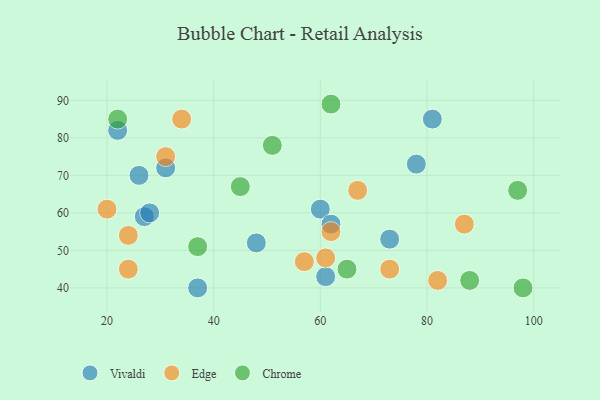
{"axis": {"x": "GDP", "y": "Life Expectancy"}, "legend": ["Chrome", "Edge", "Vivaldi"], "data": [{"x": "60", "y": 61, "type": "Vivaldi"}, {"x": "81", "y": 85, "type": "Vivaldi"}, {"x": "48", "y": 52, "type": "Vivaldi"}, {"x": "27", "y": 59, "type": "Vivaldi"}, {"x": "28", "y": 60, "type": "Vivaldi"}, {"x": "78", "y": 73, "type": "Vivaldi"}, {"x": "37", "y": 40, "type": "Vivaldi"}, {"x": "31", "y": 72, "type": "Vivaldi"}, {"x": "22", "y": 82, "type": "Vivaldi"}, {"x": "61", "y": 43, "type": "Vivaldi"}, {"x": "73", "y": 53, "type": "Vivaldi"}, {"x": "26", "y": 70, "type": "Vivaldi"}, {"x": "62", "y": 57, "type": "Vivaldi"}, {"x": "67", "y": 66, "type": "Edge"}, {"x": "62", "y": 55, "type": "Edge"}, {"x": "31", "y": 75, "type": "Edge"}, {"x": "73", "y": 45, "type": "Edge"}, {"x": "20", "y": 61, "type": "Edge"}, {"x": "34", "y": 85, "type": "Edge"}, {"x": "57", "y": 47, "type": "Edge"}, {"x": "24", "y": 45, "type": "Edge"}, {"x": "82", "y": 42, "type": "Edge"}, {"x": "61", "y": 48, "type": "Edge"}, {"x": "87", "y": 57, "type": "Edge"}, {"x": "24", "y": 54, "type": "Edge"}, {"x": "62", "y": 89, "type": "Chrome"}, {"x": "22", "y": 85, "type": "Chrome"}, {"x": "65", "y": 45, "type": "Chrome"}, {"x": "98", "y": 40, "type": "Chrome"}, {"x": "51", "y": 78, "type": "Chrome"}, {"x": "45", "y": 67, "type": "Chrome"}, {"x": "97", "y": 66, "type": "Chrome"}, {"x": "88", "y": 42, "type": "Chrome"}, {"x": "37", "y": 51, "type": "Chrome"}]}